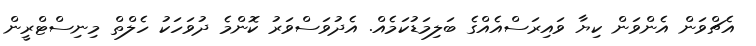
އެޗްވަން އެންވަން ކިޔާ ވައިރަސްއެއްގެ ބަލިމަޑުކަމެއް. އެދުވަސްވަރު ކޮންމެ ދުވަހަކު ހެލްތް މިނިސްޓްރީން